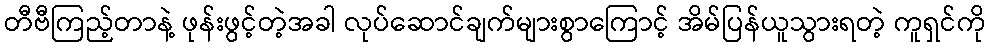
တီဗီကြည့်တာနဲ့ ဖုန်းဖွင့်တဲ့အခါ လုပ်ဆောင်ချက်များစွာကြောင့် အိမ်ပြန်ယူသွားရတဲ့ ကူရှင်ကို